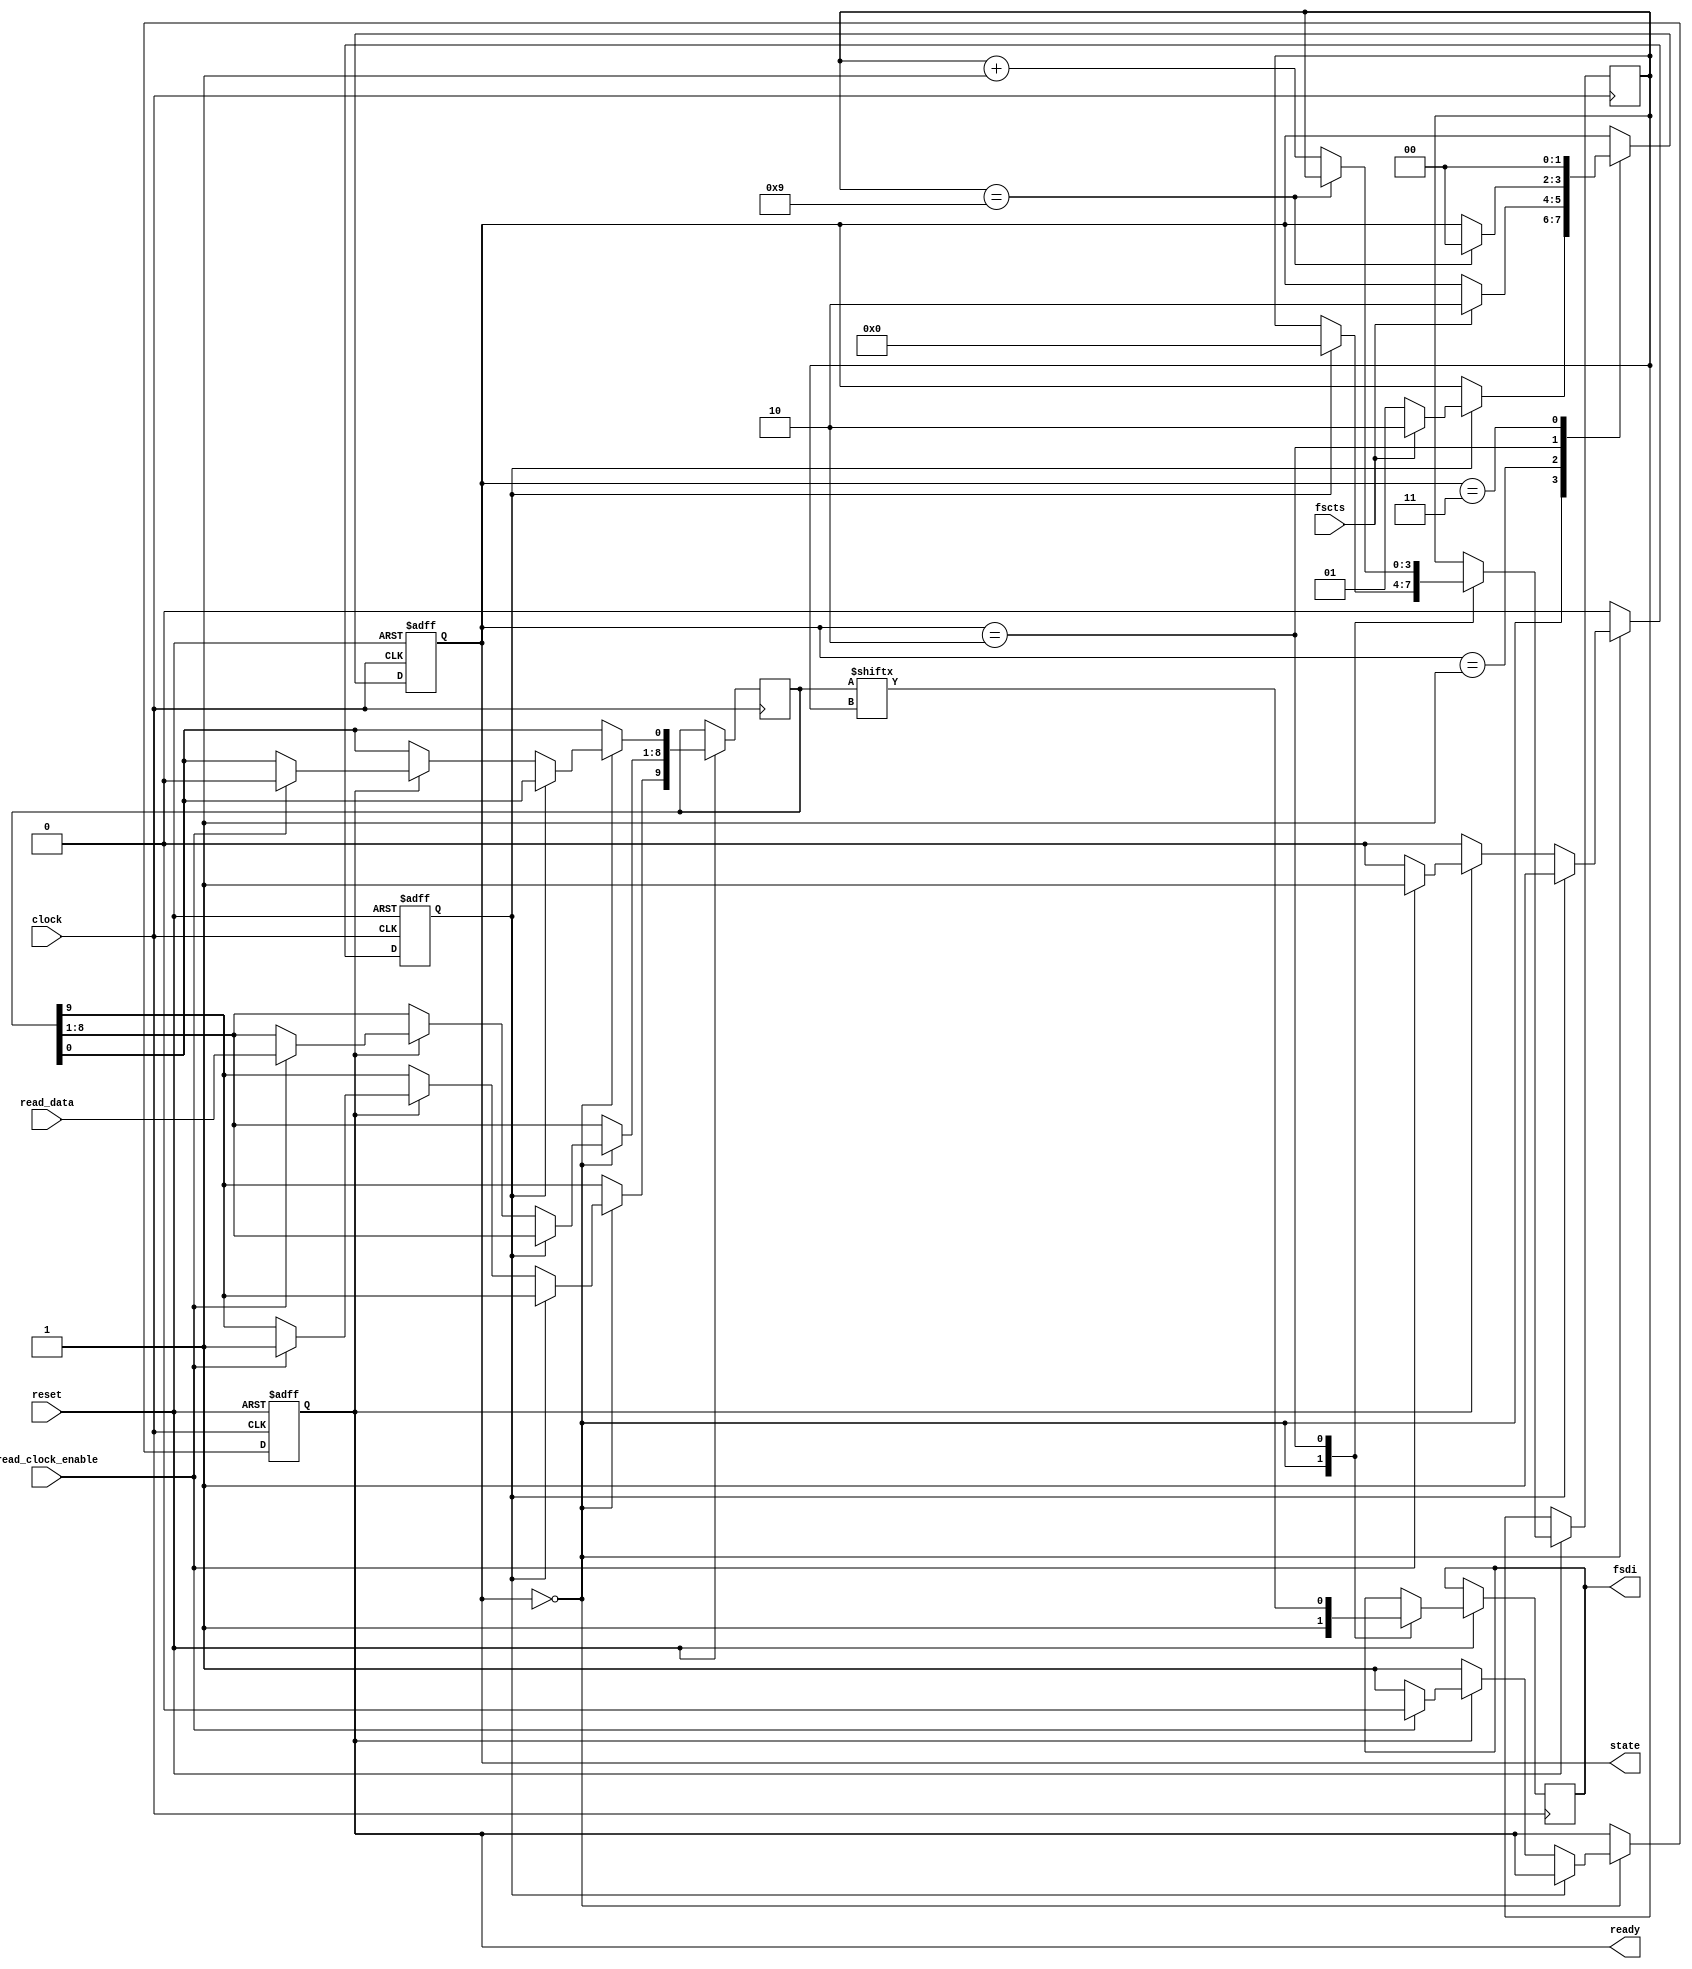
module ftdi
	(
	input clock,
	input [7:0] read_data,
	input read_clock_enable,
	input reset, 
	input fscts, 
	output reg ready, 
	output reg [1:0] state, 
	output reg fsdi);
	reg [9:0] data;
	reg new_data;
	reg [3:0] bit_pos; 
	localparam IDLE = 2'h0, WAIT_CTS = 2'h1, DATA = 2'h2;
	always @(negedge clock or negedge reset) begin
		if (~reset) begin
			ready <= 0;
			new_data <= 0;
		end
		else begin
			if (state == IDLE) begin
				if (~new_data)
					if (~ready)
						ready <= 1;
					else if (read_clock_enable) begin
						data[0] <= 0;
						data[8:1] <= read_data;
						data[9] <= 1;
						new_data <= 1;
						ready <= 0;
					end
			end
			else
				new_data <= 0;
		end
	end
	always @(negedge clock or negedge reset) begin
		if (~reset) begin
			state <= IDLE;
		end
		else begin
			case (state)
				IDLE: begin
					fsdi <= 1;
					if (new_data) begin
						bit_pos <= 0;
						if (fscts)
							state <= DATA;
						else
							state <= WAIT_CTS;
					end
				end
				WAIT_CTS: begin
					if (fscts)
						state <= DATA;
				end
				DATA: begin
					fsdi <= data[bit_pos];
					if (bit_pos == 9)
						state <= IDLE;
					else
						bit_pos <= bit_pos + 1;
				end
				2'h3: begin
					state <= IDLE;
				end
			endcase
		end
	end
endmodule